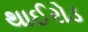
થાઈરોડ